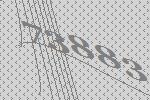
73883